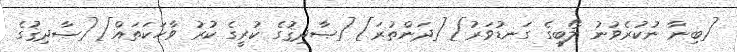
[ބިނާ ނުކުރެވުނު ލޯބީގެ ގަނޑުވަރު] [ދަންތުރަ] [ޞާދިޤުގެ ކުރީގެ ކުރު ވާހަކަތައް] [ޞާދިޤުގެ